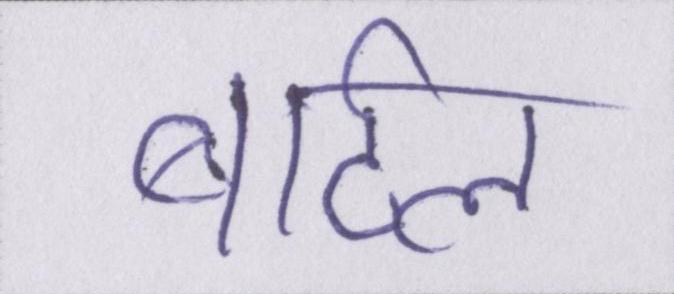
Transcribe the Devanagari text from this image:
बार्टल